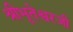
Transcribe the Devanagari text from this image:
श्रीभूतेश्वरजी